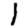
Digit: 1